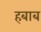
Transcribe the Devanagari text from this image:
हबाब